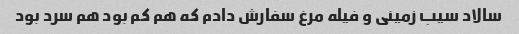
سالاد سیب زمینی و فیله مرغ سفارش دادم که هم کم بود هم سرد بود